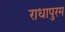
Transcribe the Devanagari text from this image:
राधापुरम